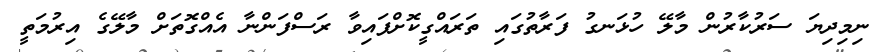
ނިމިދިޔަ ސަރުކާރުން މާލޭ ހުޅަނގު ފަރާތުގައި ތަރައްގީކޮށްފައިވާ ރަސްފަންނާ އެއްގޮތަށް މާލޭގެ އިރުމަތީ